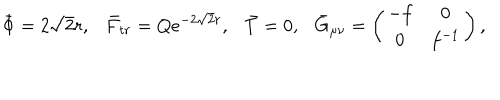
LaTeX: \bar { \Phi } = 2 \sqrt 2 r , \bar { F } _ { t r } = Q e ^ { - 2 \sqrt 2 r } , \bar { T } = 0 , { } \bar { G } _ { \mu \nu } = \left( \begin{array} { c c } { { - f } } & { { 0 } } \\ { { 0 } } & { { f ^ { - 1 } } } \\ \end{array} \right) ,